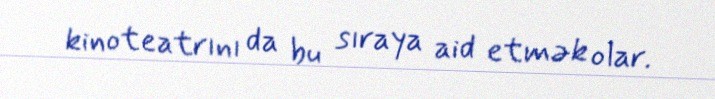
kinoteatrını da bu sıraya aid etmək olar.